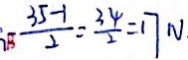
\frac { 3 5 - 1 } { 2 } = \frac { 3 4 } { 2 } = 1 7 N